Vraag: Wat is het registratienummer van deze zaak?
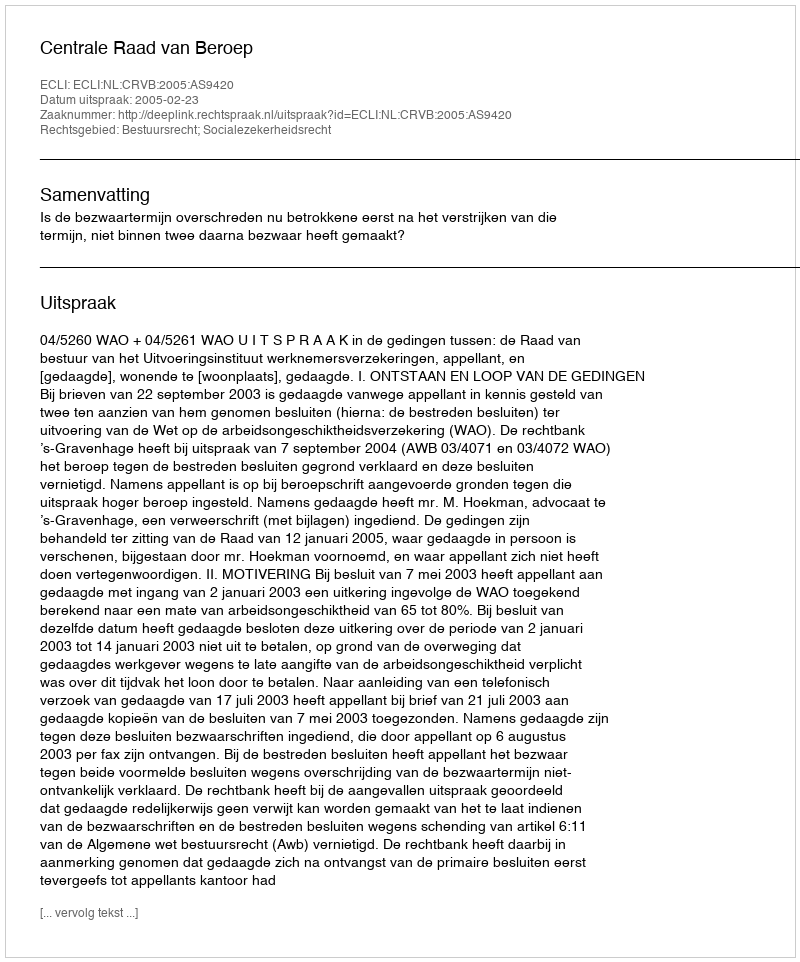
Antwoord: http://deeplink.rechtspraak.nl/uitspraak?id=ECLI:NL:CRVB:2005:AS9420